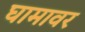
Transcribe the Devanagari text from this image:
घामावर